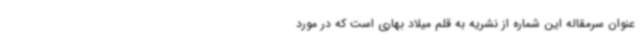
عنوان سرمقاله این شماره از نشریه به قلم میلاد بهاری است که در مورد